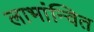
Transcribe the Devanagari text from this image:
लाभांन्वित